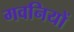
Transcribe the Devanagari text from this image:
गवनियों